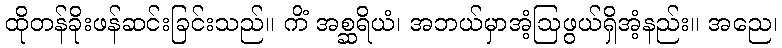
ထိုတန်ခိုးဖန်ဆင်းခြင်းသည်။ ကိံ အစ္ဆရိယံ၊ အဘယ်မှာအံ့ဩဖွယ်ရှိအံ့နည်း။ အညေ၊